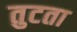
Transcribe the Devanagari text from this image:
तुटता